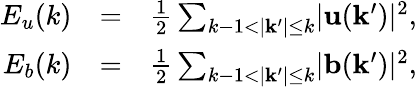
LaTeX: \begin{array}{rlr}{E_{u}(k)}&{=}&{\frac{1}{2}\sum_{k-1<\lvert\mathbf{k^{\prime}}\rvert\leq k}\lvert\mathbf{u}(\mathbf{k^{\prime}})\rvert^{2},}\\ {E_{b}(k)}&{=}&{\frac{1}{2}\sum_{k-1<\lvert\mathbf{k^{\prime}}\rvert\leq k}\lvert\mathbf{b}(\mathbf{k^{\prime}})\rvert^{2},}\end{array}